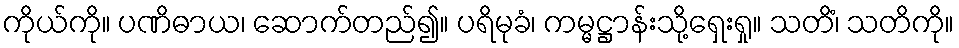
ကိုယ်ကို။ ပဏိဓာယ၊ ဆောက်တည်၍။ ပရိမုခံ၊ ကမ္မဋ္ဌာန်းသို့ရှေးရှု။ သတိံ၊ သတိကို။